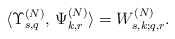
\begin{align*}\langle \Upsilon_{s,q}^{(N)},\, \Psi_{k,r}^{(N)} \rangle=W_{s,k;q,r}^{(N)}.\end{align*}